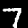
Label: 7